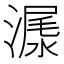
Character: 𣻨